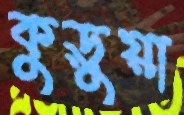
কুড়ুয়া